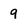
Character: 9